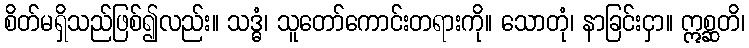
စိတ်မရှိသည်ဖြစ်၍လည်း။ သဒ္ဓံ၊ သူတော်ကောင်းတရားကို။ သောတုံ၊ နာခြင်းငှာ။ ဣစ္ဆတိ၊